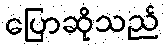
ပြောဆိုသည်